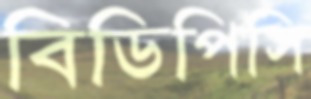
বিডিপিসি